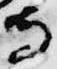
寺